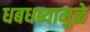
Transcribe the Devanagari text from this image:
धबधब्यामुळे